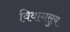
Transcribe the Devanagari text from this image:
विवागसुय